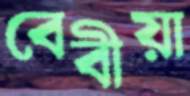
বেবীয়া